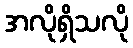
အလိုရှိသလို